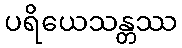
ပရိယေသန္တဿ